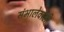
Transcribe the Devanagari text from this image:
संभालेवाली